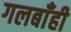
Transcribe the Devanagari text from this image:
गलबाँही